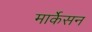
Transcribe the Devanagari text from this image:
मार्केसन